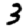
Digit: 3